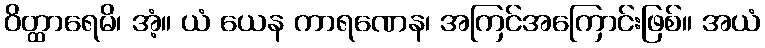
ဝိတ္ထာရေမိ၊ အံ့။ ယံ ယေန ကာရဏေန၊ အကြင်အကြောင်းဖြစ်။ အယံ